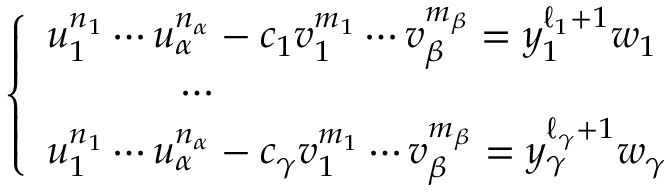
\left\{ \begin{array} { l l } { u _ { 1 } ^ { n _ { 1 } } \cdots u _ { \alpha } ^ { n _ { \alpha } } - c _ { 1 } v _ { 1 } ^ { m _ { 1 } } \cdots v _ { \beta } ^ { m _ { \beta } } = y _ { 1 } ^ { \ell _ { 1 } + 1 } w _ { 1 } \medskip } \\ { \ \ \ \ \ \ \ \ \ \ \cdots \medskip } \\ { u _ { 1 } ^ { n _ { 1 } } \cdots u _ { \alpha } ^ { n _ { \alpha } } - c _ { \gamma } v _ { 1 } ^ { m _ { 1 } } \cdots v _ { \beta } ^ { m _ { \beta } } = y _ { \gamma } ^ { \ell _ { \gamma } + 1 } w _ { \gamma } } \end{array} \right.